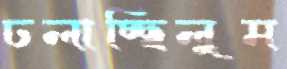
ঢলাচ্ছিলুম